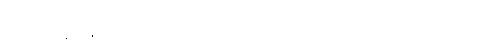
မောဂ္ဂလာန၊ မောဂ္ဂလာန်။ တွံ၊ သင်သည်။ ဧတိဿာ ပရိသာယ၊ ဤပရိသတ်၌။